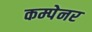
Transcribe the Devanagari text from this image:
कम्पेनर